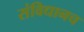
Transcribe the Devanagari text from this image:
संविधानच